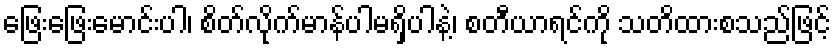
ဖြေးဖြေးမောင်းပါ၊ စိတ်လိုက်မာန်ပါမရှိပါနဲ့၊ စတီယာရင်ကို သတိထားစသည်ဖြင့်